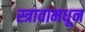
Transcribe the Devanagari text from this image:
स्त्रावामधून